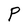
Character: P